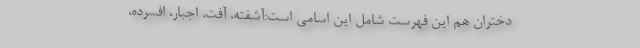
دختران هم این فهرست شامل این اسامی است:آشفته، آفت، اجبار، افسرده،